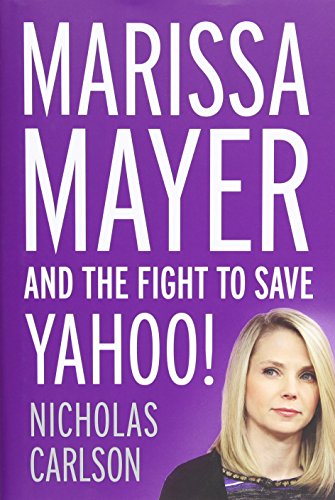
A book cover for Marissa Mayer and the Fight to Save Yahoo!; Nicholas Carlson; Computers & Technology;